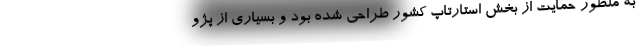
به منظور حمایت از بخش استارتاپ کشور طراحی شده بود و بسیاری از پژو